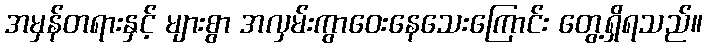
အမှန်တရားနှင့် များစွာ အလှမ်းကွာဝေးနေသေးကြောင်း တွေ့ရှိရသည်။